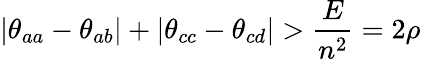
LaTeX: |\theta_{aa}-\theta_{ab}|+|\theta_{cc}-\theta_{cd}|>\frac{E}{n^{2}}=2\rho